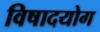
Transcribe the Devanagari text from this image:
विषादयोग